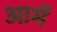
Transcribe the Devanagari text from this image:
आमॅ